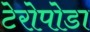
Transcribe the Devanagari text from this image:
टेरोपोडा